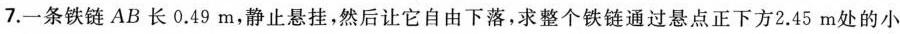
7.一条铁链AB长0.49m，静止悬挂，然后让它自由下落，求整个铁链通过悬点正下方2.45m处的小